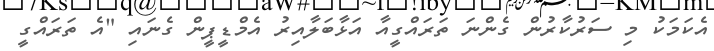
އެކަމަކު މި ސަރުކާރުން ގެންނަ ތަރައްގީއާ އަޅާބަލާއިރު އެމްޑީޕީން ގެނައި "އެ ތަރައްގީ